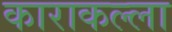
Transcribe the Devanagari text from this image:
काराकल्ला